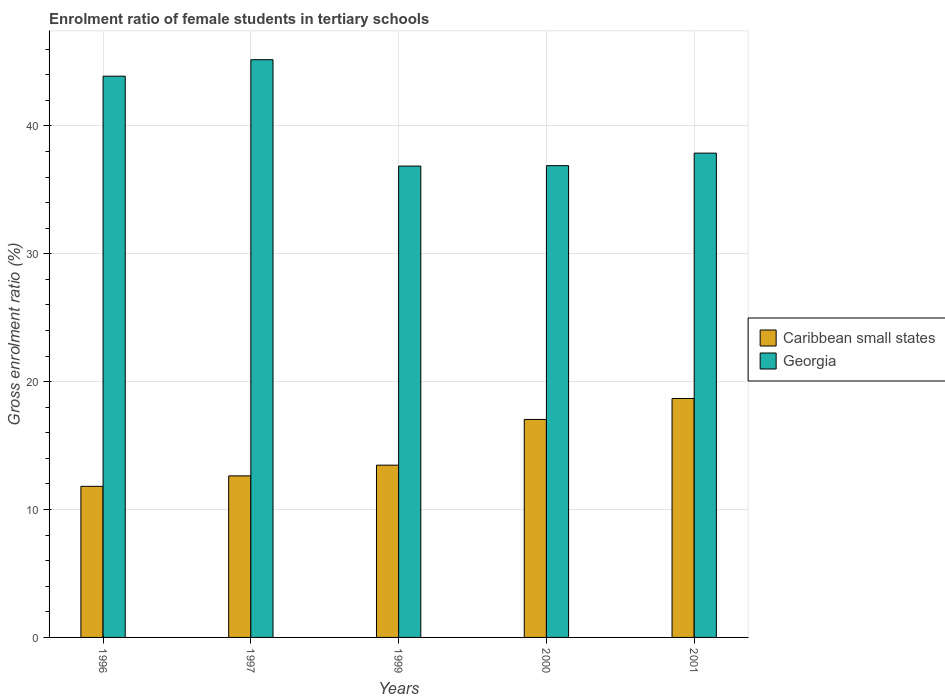
| Years | Caribbean small states | Georgia |
 | --- | --- | --- |
 | 1996 | 11.8 | 43.9 |
 | 1997 | 12.6 | 45.2 |
 | 1999 | 13.5 | 36.9 |
 | 2000 | 17 | 36.9 |
 | 2001 | 18.7 | 37.9 |